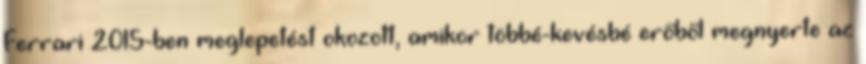
Ferrari 2015-ben meglepetést okozott, amikor többé-kevésbé erőből megnyerte az